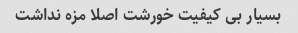
بسیار بی کیفیت خورشت اصلا مزه نداشت